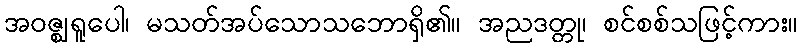
အဝဇ္ဈရူပေါ၊ မသတ်အပ်သောသဘောရှိ၏။ အညဒတ္တု၊ စင်စစ်သဖြင့်ကား။